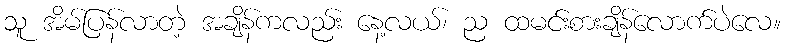
သူ အိမ်ပြန်လာတဲ့ အချိန်ကလည်း နေ့လယ်၊ ည ထမင်းစားချိန်လောက်ပဲလေ။